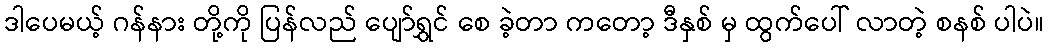
ဒါပေမယ့် ဂန်နား တို့ကို ပြန်လည် ပျော်ရွှင် စေ ခဲ့တာ ကတော့ ဒီနှစ် မှ ထွက်ပေါ် လာတဲ့ စနစ် ပါပဲ။